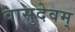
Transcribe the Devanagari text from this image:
वासुदेवम्